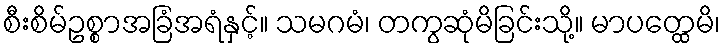
စီးစိမ်ဥစ္စာအခြံအရံနှင့်။ သမဂမံ၊ တကွဆုံမိခြင်းသို့။ မာပတ္ထေမိ၊